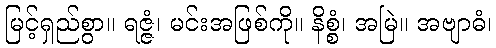
မြင့်ရှည်စွာ။ ရဇ္ဇံ၊ မင်းအဖြစ်ကို။ နိစ္စံ၊ အမြဲ။ အဗျာဓံ၊